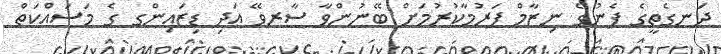
ދަނގެތީގެ ފެނުގެ ނިޒާމް ފަރުމާކުރުމަށް ބޭނުންވާ ސާރވޭ އަދި ޑިޒައިންގ ގެ މަސައްކަތް